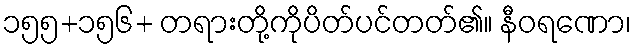
၁၅၅+၁၅၆+ တရားတို့ကိုပိတ်ပင်တတ်၏။ နီဝရဏော၊